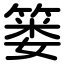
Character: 篓